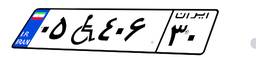
۳۸W۴۸۱۳۱